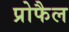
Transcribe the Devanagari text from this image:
प्रोफैल